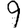
Digit: 9